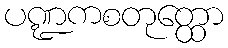
ပဏ္ဍကစတုတ္ထော